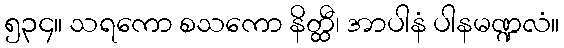
၅၃၄။ သရကော စသကော နိတ္ထီ၊ အာပါနံ ပါနမဏ္ဍလံ။